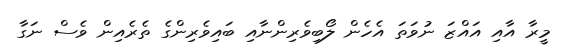
މީރާ އާއި އައްޒަ ނުވަތަ އެހެން ލޯބިވެރިންނާއި ބައިވެރިންގެ ތެރެއިން ވެސް ނަގާ